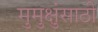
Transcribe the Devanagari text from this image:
मुमुक्षुंसाठी